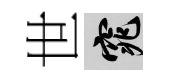
世窕